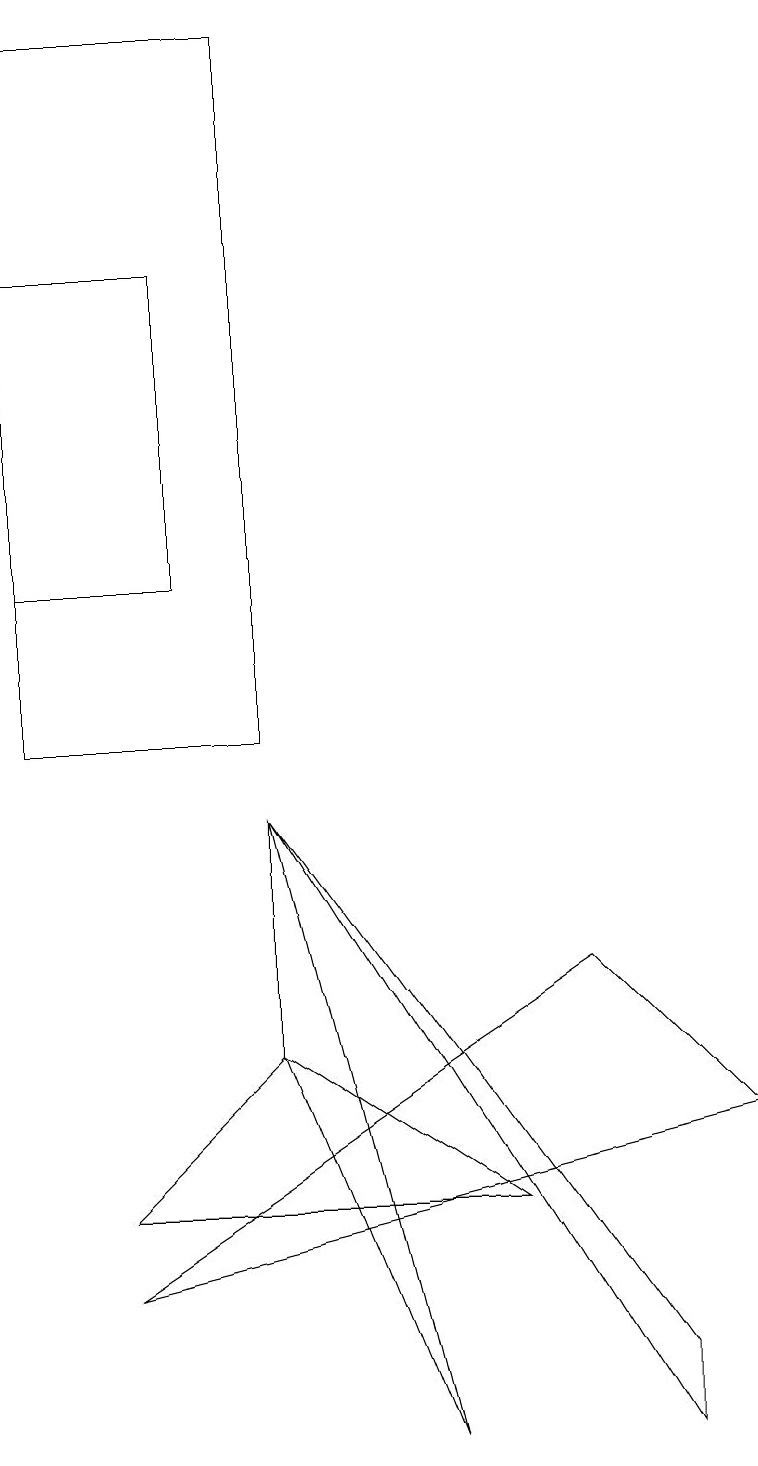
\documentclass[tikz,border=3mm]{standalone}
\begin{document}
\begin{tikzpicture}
\draw (0,12) rectangle (2,16);
\draw (3,6) -- (5,1) -- (3,9) -- cycle;
\draw (3,6) -- (6,4) -- (1,4) -- cycle;
\draw (2,16) rectangle (2,15);
\draw (8,1) -- (3,9) -- (8,2) -- cycle;
\draw (1,3) -- (9,5) -- (7,7) -- cycle;
\draw (3,19) rectangle (0,10);
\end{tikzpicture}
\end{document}